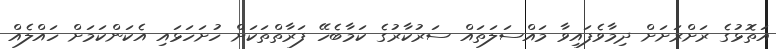
އަތޮޅުގެ ރަށްރަށަށް ދިމާވެފައިވާ މައްސަލަތައް ސަރުކާރުގެ ކަމާބެހޭ ފަރާތްތަކަށް ހުށަހަޅައި އެކަންކަމަށް ހައްލެއް